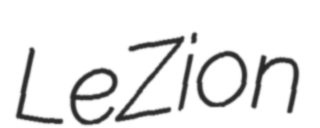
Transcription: LeZion